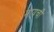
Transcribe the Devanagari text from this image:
मायची